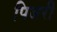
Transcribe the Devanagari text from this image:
पिजरी